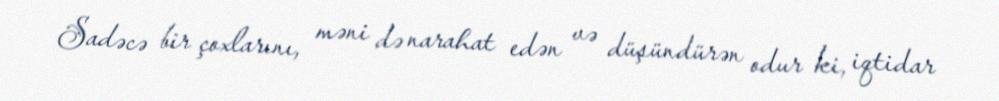
Sadəcə bir çoxlarını, məni də narahat edən və düşündürən odur ki, iqtidar